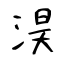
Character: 淏